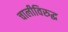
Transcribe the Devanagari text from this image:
चालीविरुद्ध